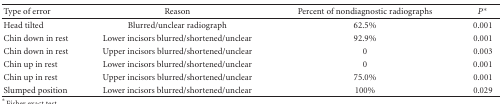
<table><thead><tr><td><b>Type of error</b></td><td><b>Reason</b></td><td><b>Percent of nondiagnostic radiographs</b></td><td><b><i>P</i>*</b></td></tr></thead><tbody><tr><td>Head tilted</td><td>Blurred/unclear radiograph</td><td>62.5%</td><td>0.001</td></tr><tr><td>Chin down in rest</td><td>Lower incisors blurred/shortened/unclear</td><td>92.9%</td><td>0.001</td></tr><tr><td>Chin down in rest</td><td>Upper incisors blurred/shortened/unclear</td><td> 0</td><td>0.003</td></tr><tr><td>Chin up in rest</td><td>Lower incisors blurred/shortened/unclear</td><td> 0</td><td>0.001</td></tr><tr><td>Chin up in rest</td><td>Upper incisors blurred/shortened/unclear</td><td>75.0%</td><td>0.001</td></tr><tr><td>Slumped position</td><td>Lower incisors blurred/shortened/unclear</td><td>100%</td><td>0.029</td></tr></tbody></table>